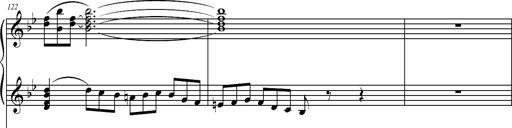
Title: 2 LÃ©gendes
Composer: Franz Liszt